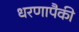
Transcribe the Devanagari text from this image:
धरणापैकी